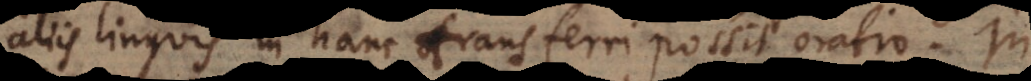
aliis linguis in hanc transferri possit oratio. In